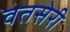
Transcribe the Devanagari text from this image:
वतसेरी